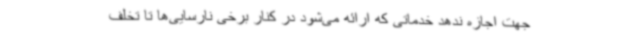
جهت اجازه ندهد خدماتی که ارائه می‌شود در کنار برخی نارسایی‌ها تا تخلف